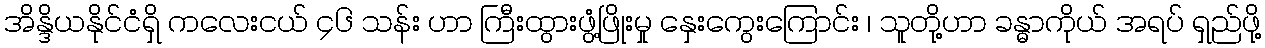
အိန္ဒိယနိုင်ငံရှိ ကလေးငယ် ၄၆ သန်း ဟာ ကြီးထွားဖွံ့ဖြိုးမှု နှေးကွေးကြောင်း ၊ သူတို့ဟာ ခန္ဓာကိုယ် အရပ် ရှည်ဖို့